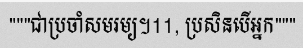
"""ជាប្រចាំសមរម្យ។11, ប្រសិនបើអ្នក"""